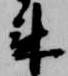
来